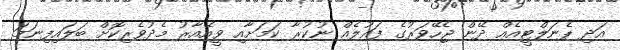
އަދި ޕެނަލްޓީއެއް ދޭން ޖެހޭވަރުގެ ފައުލެއް ނުކުރާ ކަމަށާއި ވީއޭއާރު މެދުވެރިކޮށް ބަލައިފިނަމަ